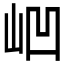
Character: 𱛗